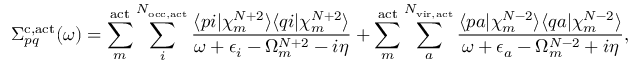
\Sigma _ { p q } ^ { \mathrm { c , a c t } } ( \omega ) = \sum _ { m } ^ { \mathrm { a c t } } \sum _ { i } ^ { N _ { \mathrm { o c c , a c t } } } \frac { \langle p i | \chi _ { m } ^ { N + 2 } \rangle \langle q i | \chi _ { m } ^ { N + 2 } \rangle } { \omega + \epsilon _ { i } - \Omega _ { m } ^ { N + 2 } - i \eta } + \sum _ { m } ^ { \mathrm { a c t } } \sum _ { a } ^ { N _ { \mathrm { v i r , a c t } } } \frac { \langle p a | \chi _ { m } ^ { N - 2 } \rangle \langle q a | \chi _ { m } ^ { N - 2 } \rangle } { \omega + \epsilon _ { a } - \Omega _ { m } ^ { N - 2 } + i \eta } ,